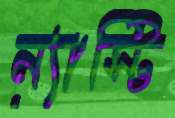
ন্যাস্টি